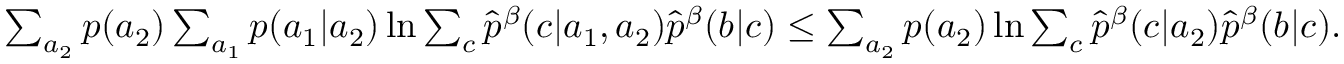
\begin{array} { r } { \sum _ { a _ { 2 } } p ( a _ { 2 } ) \sum _ { a _ { 1 } } p ( a _ { 1 } | a _ { 2 } ) \ln { \sum _ { c } \hat { p } ^ { \beta } ( c | a _ { 1 } , a _ { 2 } ) \hat { p } ^ { \beta } ( b | c ) } \leq \sum _ { a _ { 2 } } p ( a _ { 2 } ) \ln { \sum _ { c } \hat { p } ^ { \beta } ( c | a _ { 2 } ) \hat { p } ^ { \beta } ( b | c ) } . } \end{array}